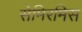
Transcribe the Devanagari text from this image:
सेमिरमिस